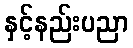
နှင့်နည်းပညာ